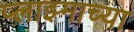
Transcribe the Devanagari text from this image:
प्लाझ्माच्या